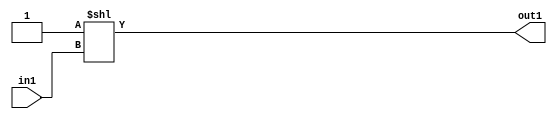
`timescale 1ps / 1ps
/*****************************************************************************
    Verilog RTL Description
    
    
    Created by: Stratus DpOpt 2019.1.01 
*******************************************************************************/

module SobelFilter_DECODE_2U_7_4 (
	in1,
	out1
	); /* architecture "behavioural" */ 
input  in1;
output [1:0] out1;
wire [1:0] asc001;

assign asc001 = 2'B01 << in1;

assign out1 = asc001;
endmodule

/* CADENCE  urbyQg0= : u9/ySgnWtBlWxVPRXgAZ4Og= ** DO NOT EDIT THIS LINE ******/